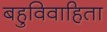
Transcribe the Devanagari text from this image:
बहुविवाहिता